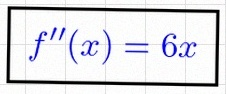
f''(x)=6x